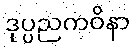
ဒုပ္ပညကဝိနာ